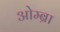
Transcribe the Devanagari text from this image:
ओम्ब्रा